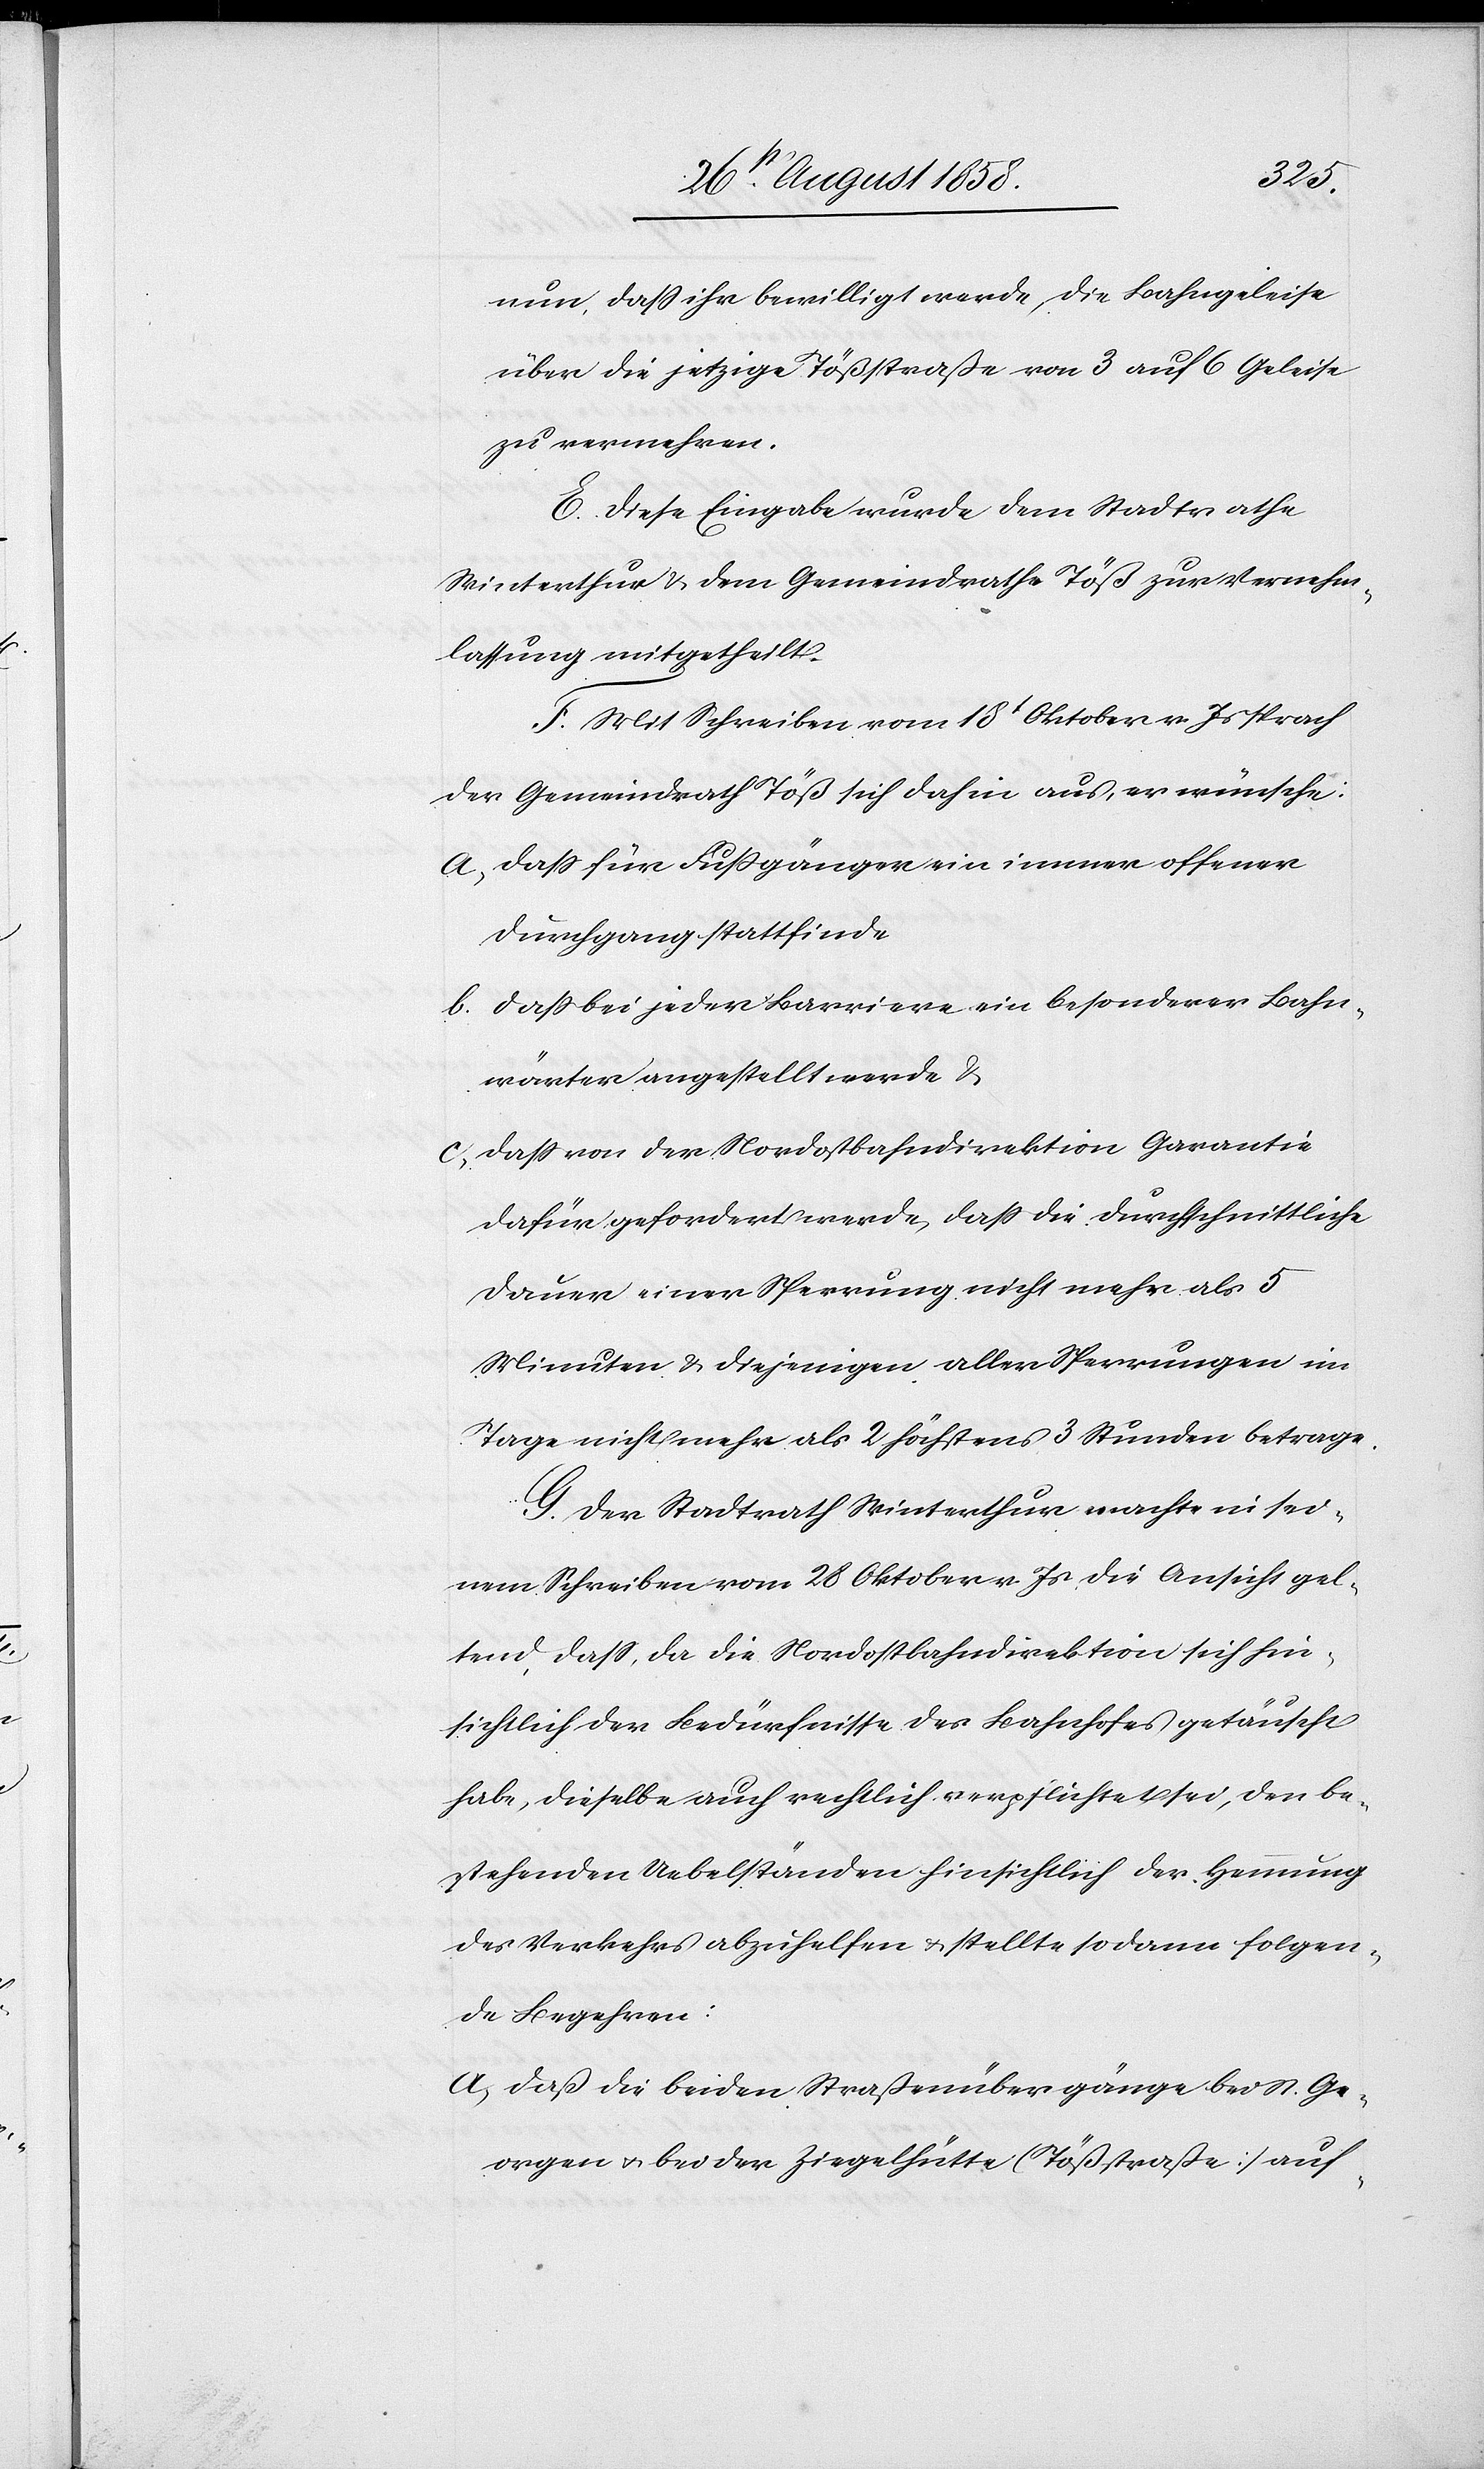
nun, dass ihr bewilligt werde, die Bahngeleise
über die jetzige Tößstraße von 3 auf 6 Geleise
zu vermehren.
E. Diese Eingabe wurde dem Stadtrathe
Winterthur & dem Gemeindrathe Töß zur Vernehm¬
lassung mitgetheilt.
F. Mit Schreiben vom 18t Oktober v. Js sprach
der Gemeindrath Töß sich dahin aus, er wünsche:
a. dass für Fussgänger ein immer offener
Durchgang stattfinde
b. dass bei jeder Barriere ein besonderer Bahn¬
wärter angestellt werde &
c. dass von der Nordostbahndirektion Garantie
dafür gefordert werde, dass die durchschnittliche
Dauer einer Sperrung nicht mehr als 5
Minuten & diejenigen aller Sperrungen im
Tage nicht mehr als 2 höchstens 3 Stunden betrage.
G. Der Stadtrath Winterthur machte in sei¬
nem Schreiben vom 28 Oktober v. Js die Ansicht gel¬
tend, dass, da die Nordostbahndirektion sich hin¬
sichtlich der Bedürfnisse des Bahnhofes getäuscht
habe, dieselbe auch rechtlich verpflichtet sei, den be¬
stehenden Uebelständen hinsichtlich der Hemmung
des Verkehrs abzuhelfen & stellte sodann folgen¬
de Begehren:
a. daß die beiden Straßenübergänge bei St. Ge¬
orgen & bei der Ziegelhütte (Tößstraße) auf-